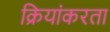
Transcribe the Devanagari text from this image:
क्रियांकरता